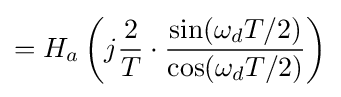
=H_{a}\left(j{\frac {2}{T}}\cdot {\frac {\sin(\omega _{d}T/2)}{\cos(\omega _{d}T/2)}}\right)